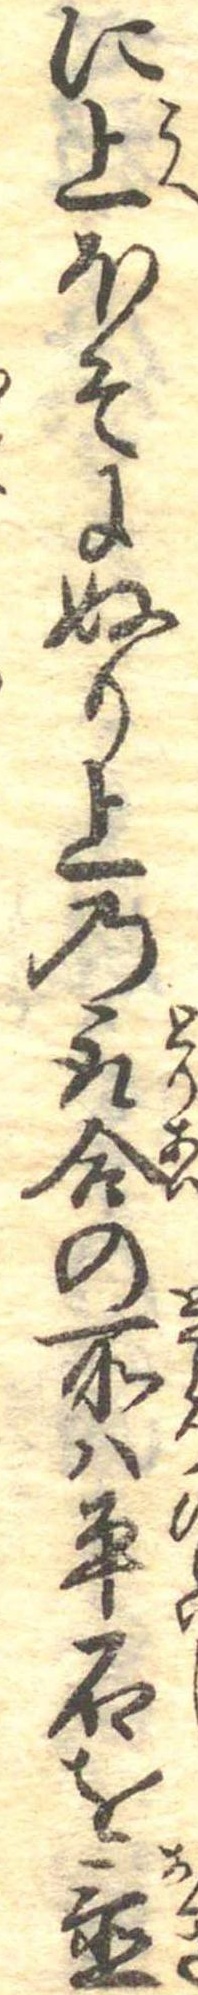
に上ほそにぬり上の取合の所は平石を置